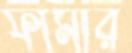
ফার্মার